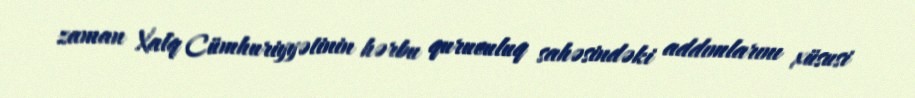
zaman Xalq Cümhuriyyətinin hərbu quruculuq sahəsindəki addımlarını xüsusi